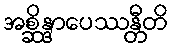
အစ္ဆိန္ဒာပေဿန္တီတိ